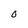
Character: 0